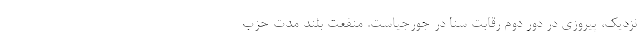
نزدیک، پیروزی در دور دوم رقابت سنا در جورجیاست. منفعت بلند مدت حزب